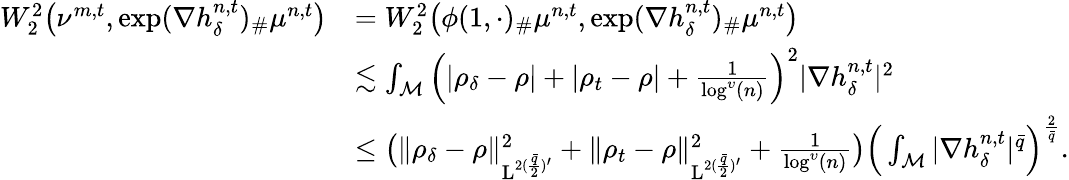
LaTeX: \begin{array}{rl}{W_{2}^{2}\big(\nu^{m,t},\exp(\nabla h_{\delta}^{n,t})_{\# }\mu^{n,t}\big)}&{=W_{2}^{2}\big(\phi(1,\cdot)_{\# }\mu^{n,t},\exp(\nabla h_{\delta}^{n,t})_{\# }\mu^{n,t}\big)}\\ &{\lesssim\int_{\mathcal{M}}\Big(\vert\rho_{\delta}-\rho\vert+\vert\rho_{t}-\rho\vert+\frac{1}{\log^{\upsilon}(n)}\Big)^{2}\vert\nabla h_{\delta}^{n,t}\vert^{2}}\\ &{\leq\big(\| \rho_{\delta}-\rho\| _{\mathrm{L}^{2(\frac{\bar{q}}{2})^{\prime}}}^{2}+\| \rho_{t}-\rho\| _{\mathrm{L}^{2(\frac{\bar{q}}{2})^{\prime}}}^{2}+\frac{1}{\log^{\upsilon}(n)}\big)\Big(\int_{\mathcal{M}}\vert\nabla h_{\delta}^{n,t}\vert^{\bar{q}}\Big)^{\frac{2}{\bar{q}}}.}\end{array}